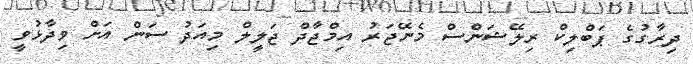
ދިރާގުގެ ޕަބްލިކް ރިލޭޝަންސް މެނޭޖަރު އިމްޖާދް ޖަލީލް މިއަދު ސަން އަށް ވިދާޅުވީ